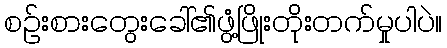
စဉ်းစားတွေးခေါ်၏ဖွံ့ဖြိုးတိုးတက်မှုပါပဲ။